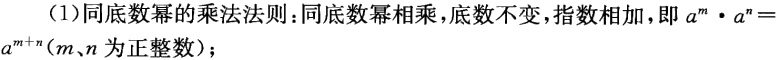
(1)同底数幂的乘法法则：同底数幂相乘，底数不变，指数相加，即 \(a^{m}\cdot a^{n}=a^{m + n}(m,n\) 为正整数)；